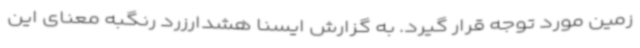
زمین مورد توجه قرار گیرد. به گزارش ایسنا هشدارزرد رنگبه معنای این